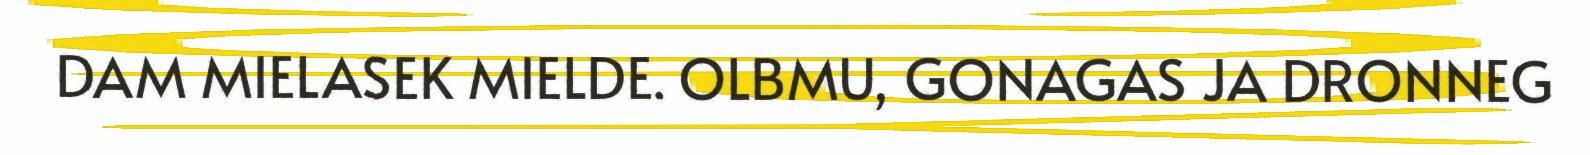
DAM MIELASEK MIELDE. OLBMU, GONAGAS JA DRONNEG